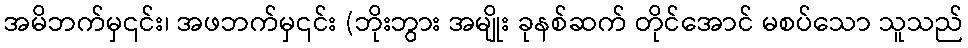
အမိဘက်မှ၎င်း၊ အဖဘက်မှ၎င်း (ဘိုးဘွား အမျိုး ခုနစ်ဆက် တိုင်အောင် မစပ်သော သူသည်